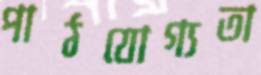
পাঠযোগ্যতা